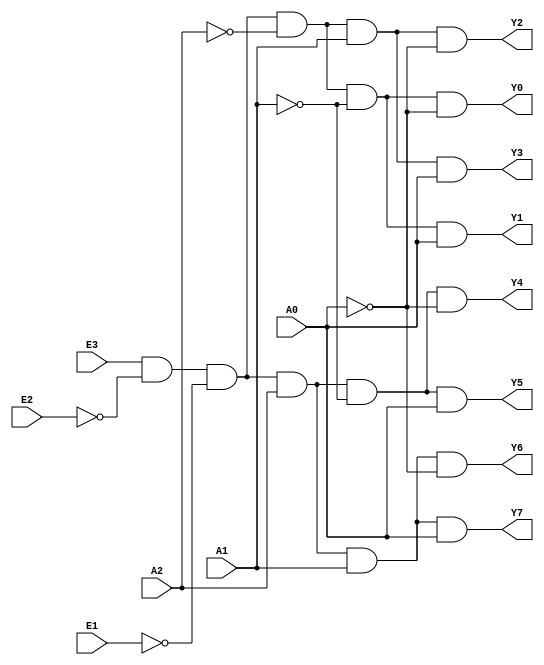
module demux74238 (E1, E2, E3, A0, A1, A2, Y0, Y1, Y2, Y3, Y4, Y5, Y6, Y7);
    input E1, E2, E3, A0, A1, A2;
    output Y0, Y1, Y2, Y3, Y4, Y5, Y6, Y7;

    assign Y0 = E3 & ~E2 & ~E1 & ~A2 & ~A1 & ~A0;
    assign Y1 = E3 & ~E2 & ~E1 & ~A2 & ~A1 & A0;
    assign Y2 = E3 & ~E2 & ~E1 & ~A2 & A1 & ~A0;
    assign Y3 = E3 & ~E2 & ~E1 & ~A2 & A1 & A0;
    assign Y4 = E3 & ~E2 & ~E1 & A2 & ~A1 & ~A0;
    assign Y5 = E3 & ~E2 & ~E1 & A2 & ~A1 & A0;
    assign Y6 = E3 & ~E2 & ~E1 & A2 & A1 & ~A0;
    assign Y7 = E3 & ~E2 & ~E1 & A2 & A1 & A0;
    
endmodule

module testbench;
reg E1, E2, E3, A0, A1, A2;
wire Y0, Y1, Y2, Y3, Y4, Y5, Y6, Y7;

initial begin
$display("E3 E2 E1 A2 A1 A0 | Y0 Y1 Y2 Y3 Y4 Y5 Y6 Y7");
E3 = 1'b1; E2 = 1'b0; E1 = 1'b0;
A0 = 1'b0; A1 = 1'b0; A2 = 1'b0;
#7 $finish;
end

    always #4 A2 = ~A2;
    always #2 A1 = ~A1;
    always #1 A0 = ~A0;

demux74238 U1(E1, E2, E3, A0, A1, A2, Y0, Y1, Y2, Y3, Y4, Y5, Y6, Y7);
initial
$monitor("%b   %b  %b  %b  %b  %b |  %b  %b  %b  %b  %b  %b  %b  %b", E3, E2, E1, A2, A1, A0, Y0, Y1, Y2, Y3, Y4, Y5, Y6, Y7);
endmodule